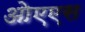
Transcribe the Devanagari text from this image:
ओएएस